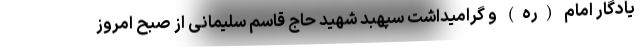
یادگار امام (ره) و گرامیداشت سپهبد شهید حاج قاسم سلیمانی از صبح امروز